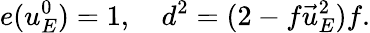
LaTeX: e(u_{E}^{0})=1,\quad d^{2}=(2-f\vec{u}_{E}^{2})f.